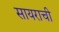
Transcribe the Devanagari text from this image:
सायराची